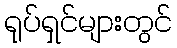
ရုပ်ရှင်များတွင်